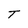
Character: T